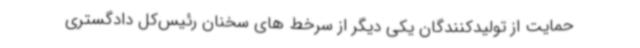
حمایت از تولیدکنندگان یکی دیگر از سرخط های سخنان رئیس‌کل دادگستری